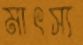
মাৎস্য